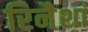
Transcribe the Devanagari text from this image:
रिनैशां